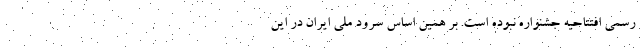
رسمی افتتاحیه جشنواره نبوده است. بر همین اساس سرود ملی ایران در این